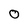
Character: O